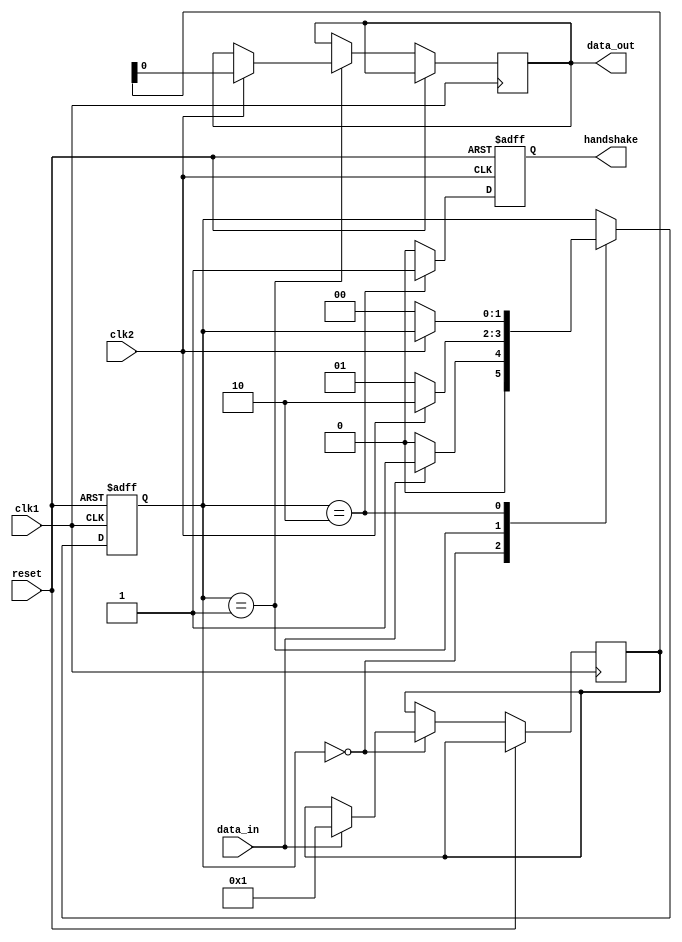
module synchronizer_with_handshaking (
    input clk1,
    input clk2,
    input reset,
    input data_in,
    output reg data_out,
    output reg handshake
);

reg [1:0] state;
reg [7:0] data_reg;

parameter IDLE = 2'b00;
parameter CAPTURE = 2'b01;
parameter TRANSFER = 2'b10;

always @(posedge clk1 or posedge reset) begin
    if (reset)
        state <= IDLE;
    else begin
        case (state)
            IDLE: begin
                if (data_in) begin
                    data_reg <= data_in;
                    state <= CAPTURE;
                end else
                    state <= IDLE;
            end
            CAPTURE: begin
                if (clk2) begin
                    data_out <= data_reg;
                    state <= TRANSFER;
                end else
                    state <= CAPTURE;
            end
            TRANSFER: begin
                if (!clk2)
                    state <= IDLE;
            end
        endcase
    end
end

always @(posedge clk2 or posedge reset) begin
    if (reset)
        handshake <= 0;
    else begin
        if (state == TRANSFER)
            handshake <= 1;
        else
            handshake <= 0;
    end
end

endmodule